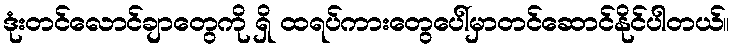
ဒုံးတင်လောင်ချာတွေကို ရှိ ထရပ်ကားတွေပေါ်မှာတင်ဆောင်နိုင်ပါတယ်။